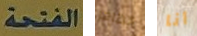
الفتحة اتظاهر أنا